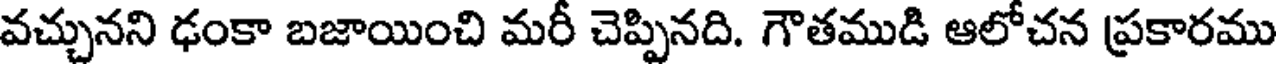
వచ్చునని ఢంకా బజాయించి మరీ చెప్పినది. గౌతముడి ఆలోచన ప్రకారము